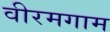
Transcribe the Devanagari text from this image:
वीरमगाम